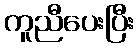
ကူညီပေးပြီး